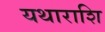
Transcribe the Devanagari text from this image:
यथाराशि